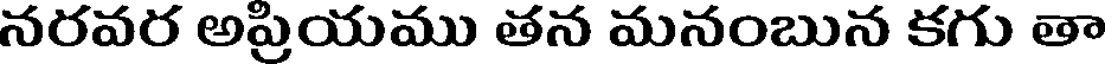
నరవర అప్రియము తన మనంబున కగు తా